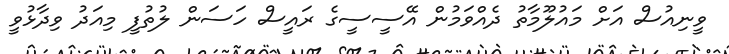
ވީނިއުސް އަށް މައުލޫމާތު ދެއްވަމުން އޭސީސީގެ ރައީސް ހަސަން ލުތުފީ މިއަދު ވިދާޅުވީ